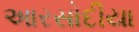
આરસોદીયા